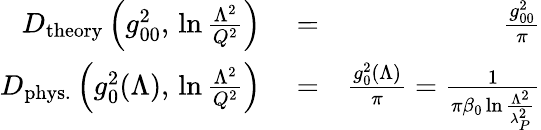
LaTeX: \begin{array}{rlr}{D_{\mathrm{theory}}\left(g_{00}^{2},\, \ln{\frac{\Lambda^{2}}{Q^{2}}}\right)}&{{}=}&{{\frac{g_{00}^{2}}{\pi}}}\\ {D_{\mathrm{phys.}}\left(g_{0}^{2}(\Lambda),\, \ln{\frac{\Lambda^{2}}{Q^{2}}}\right)}&{{}=}&{{\frac{g_{0}^{2}(\Lambda)}{\pi}}={\frac{1}{\pi\beta_{0}\ln{\frac{\Lambda^{2}}{\lambda_{P}^{2}}}}}}\end{array}